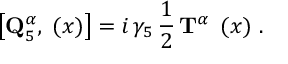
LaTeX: \left[ { \bf Q } _ { 5 } ^ { \alpha } , { \bf \Psi } ( x ) \right] = i \, \gamma _ { 5 } \, \frac 1 2 \, { \bf T } ^ { \alpha } \, { \bf \Psi } ( x ) \, \, .